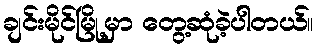
ချင်းမိုင်မြို့မှာ တွေ့ဆုံခဲ့ပါတယ်။